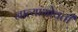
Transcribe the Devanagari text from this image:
नात्यांभोवती